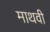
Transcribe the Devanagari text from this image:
माथवी